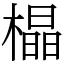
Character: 橸